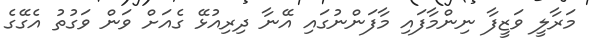
މަރާލީ ވަޒީފާ ނިންމާފައި މާފަންނުގައި އޭނާ ދިރިއުޅޭ ގެއަށް ވަން ވަގުތު އެގޭގެ